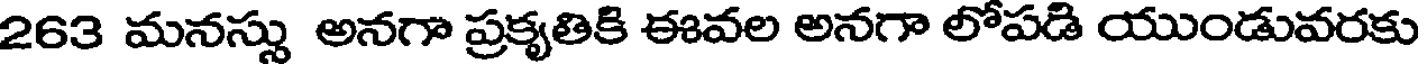
263 మనస్సు అనగా ప్రకృతికి ఈవల అనగా లోపడి యుండువరకు